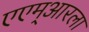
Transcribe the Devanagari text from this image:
एएम्‌आरला